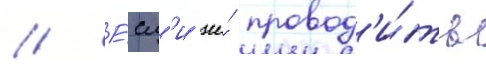
// Е́сл'и же́ провод'и́ть